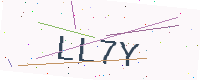
Text: LL7Y